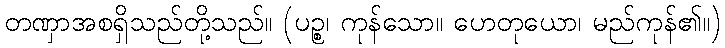
တဏှာအစရှိသည်တို့သည်။ (ပဉ္စ၊ ကုန်သော။ ဟေတုယော၊ မည်ကုန်၏။)